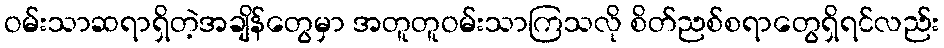
ဝမ်းသာဆရာရှိတဲ့အချိန်တွေမှာ အတူတူဝမ်းသာကြသလို စိတ်ညစ်စရာတွေရှိရင်လည်း